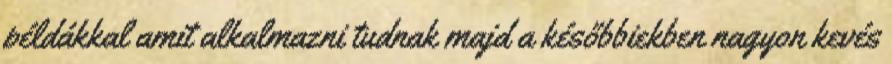
példákkal amit alkalmazni tudnak majd a későbbiekben nagyon kevés